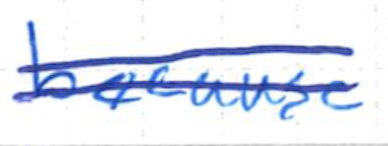
Text: because
Cross-out: double-line
Writing tool: ballpoint